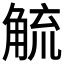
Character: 𮗲